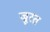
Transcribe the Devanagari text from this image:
ज्रूरत